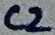
Text: C2